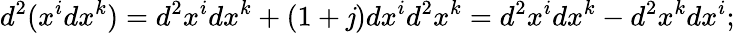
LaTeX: d^{2}(x^{i}dx^{k})=d^{2}x^{i}dx^{k}+(1+\mathit{j})dx^{i}d^{2}x^{k}=d^{2}x^{i}dx^{k}-d^{2}x^{k}dx^{i};